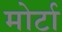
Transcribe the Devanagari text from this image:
मोर्टा